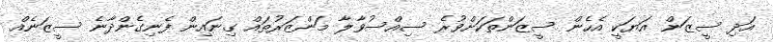
އަދި ސީޒަން އަޔަކީ އެހެން ސީޒަންތަކަށްވުރެ ސިއްސުވާލާ މަންޒަރުތައް ގިނައިން ފެނިގެންދާނެ ސީޒަނެއް